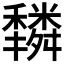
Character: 𥣿